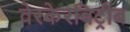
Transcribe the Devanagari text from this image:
वेरकेरबिट्रीब